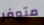
متوفر